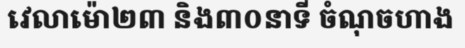
វេលាម៉ោ២៣ និង៣០នាទី ចំណុចហាង